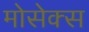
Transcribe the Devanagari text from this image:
मोसेक्स